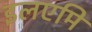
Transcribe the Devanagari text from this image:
इलएमि